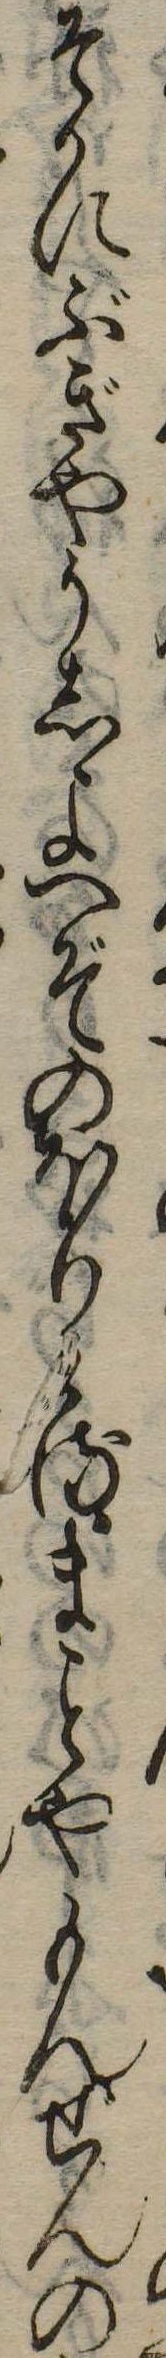
そかにぶぎやうしよへぞのほりけるまやもんぜんの